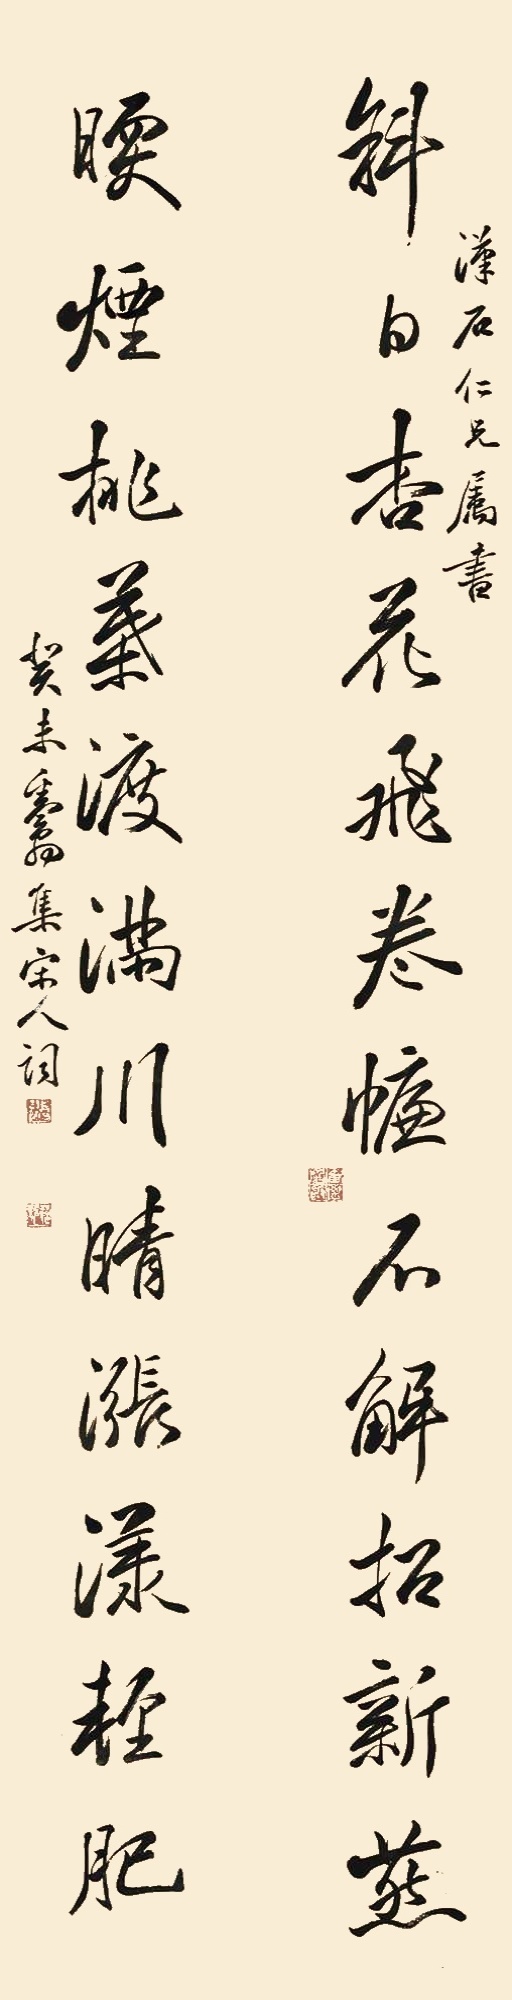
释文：斜日杏花飞，卷帘不解招新燕；暖烟桃叶渡，满川晴涨漾轻肥。汉石仁兄属书。癸未，粪翁集宋人词。